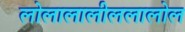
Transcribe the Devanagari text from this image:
लोलालालीललालोल